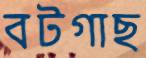
বটগাছ